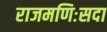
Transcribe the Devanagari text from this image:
राजमणिःसदा